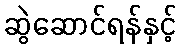
ဆွဲဆောင်ရန်နှင့်